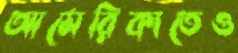
আমেরিকাতেও